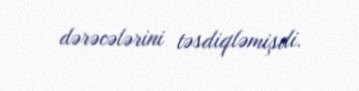
dərəcələrini təsdiqləmişdi.